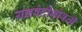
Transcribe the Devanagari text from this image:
यज्ञवेदीभोवती